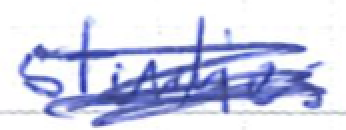
Text: studies
Cross-out: scratch
Writing tool: ballpoint